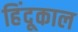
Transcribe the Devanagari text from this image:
हिंदूकाल